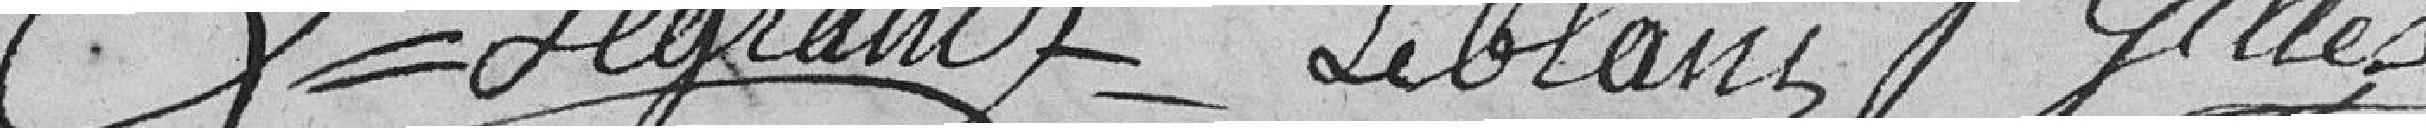
Legrand Leblanc G Gilles